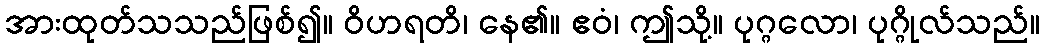
အားထုတ်သသည်ဖြစ်၍။ ဝိဟရတိ၊ နေ၏။ ဧဝံ၊ ဤသို့။ ပုဂ္ဂလော၊ ပုဂ္ဂိုလ်သည်။